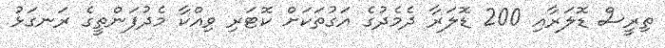
ތިރީސް ޑޮލަރާއި 200 ޑޮލަރާ ދެމެދުގެ އަގުތަކަށް ކޮޓަރި ވިއްކާ މެދުފަންތީގެ ރަނގަޅު